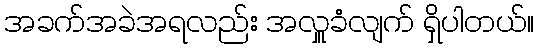
အခက်အခဲအရလည်း အလှူခံလျက် ရှိပါတယ်။